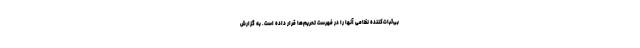
بی‌ثبات‌کننده نظامی آنها را در فهرست تحریم‌ها قرار داده است. به گزارش